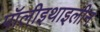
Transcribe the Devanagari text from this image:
पॉलीइथाइलीन